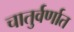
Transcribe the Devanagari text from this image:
चातुर्वर्णात